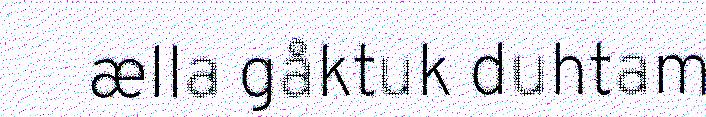
ælla gåktuk duhtam